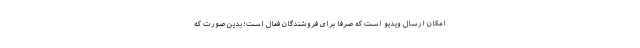
امکان ارسال ویدیو است که صرفا برای فروشندگان فعال است؛ بدین صورت که